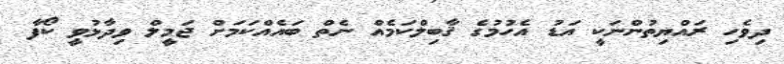
ދިވެހި ރައްޔިތުންނަކީ އަޑު އެހުމުގެ ޤާބިލްކަމެއް ނެތް ބައެއްކަމަށް ޖަމީލް ވިދާޅުވީ ކޯފާ